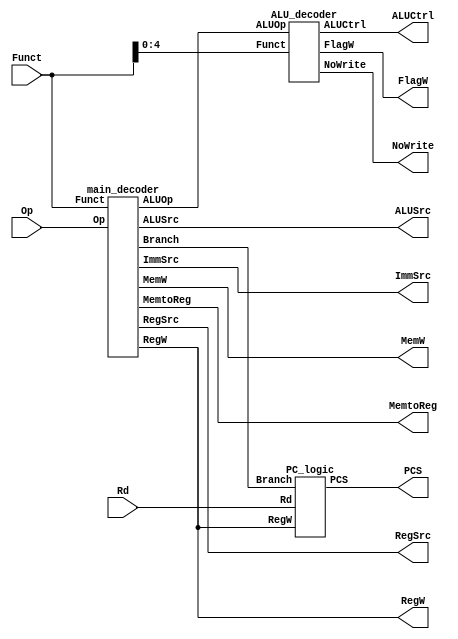
`timescale 1ns/1ps

module decoder(
        output wire PCS, RegW, MemW, NoWrite,
        output wire MemtoReg, ALUSrc,
        output wire [1:0] RegSrc, ImmSrc, ALUCtrl, FlagW,
        input wire [1:0] Op,
        input wire [5:0] Funct,
        input wire [3:0] Rd
);

    wire Branch, ALUOp;
    
    PC_logic pcl (PCS, Rd, Branch, RegW);
    
    main_decoder main_dec (RegW, MemW, MemtoReg, ALUSrc, RegSrc, ImmSrc, Branch, ALUOp, Op, Funct);
    
    ALU_decoder alu_dec (NoWrite, ALUCtrl, FlagW, Funct[4:0], ALUOp);    
    
endmodule


module PC_logic(
    output wire PCS, 
    input wire [3:0] Rd,
    input wire Branch,
    input wire RegW
);
    
    // Implementation of PC Logic in Decoder
    assign PCS = ((Rd == 4'b1111) & RegW) | Branch;
    
endmodule   


module main_decoder(
    // Declare outputs as reg for a procedural assignment
    output reg RegW, MemW, MemtoReg, ALUSrc, 
    output reg [1:0] RegSrc, ImmSrc,  
    output reg Branch, ALUOp, 
    input wire [1:0] Op,
    input wire [5:0] Funct
);
    
    parameter DP = 2'b00,
              Mem = 2'b01,
              B = 2'b10;    
    
    // Implementation of the Main Decoder
    always @ (Op, Funct)
        begin
            case (Op)
                // Set the control signals: RegW, MemW, MemtoReg, ALUSrc, RegSrc, ImmSrc, Branch, ALUOp
                DP: if (Funct[5] == 1'b0) 
                        begin  // DP Reg 
                            Branch = 1'b0; MemtoReg = 1'b0; MemW = 1'b0; ALUSrc = 1'b0; RegW = 1'b1; RegSrc = 2'b00; ALUOp = 1'b1;
                        end
                    else 
                        begin  // DP Imm
                            Branch = 1'b0; MemtoReg = 1'b0; MemW = 1'b0; ALUSrc = 1'b1; ImmSrc = 2'b00; RegW = 1'b1; RegSrc = 2'bX0; ALUOp = 1'b1;
                        end 
                Mem: if (Funct[0] == 1'b0) 
                         begin  // STR 
                             Branch = 1'b0; MemW = 1'b1; ALUSrc = 1'b1; ImmSrc = 2'b01; RegW = 1'b0; RegSrc = 2'b10; ALUOp = 1'b0;
                         end
                     else
                        begin  // LDR 
                             Branch = 1'b0; MemtoReg = 1'b1; MemW = 1'b0; ALUSrc = 1'b1; ImmSrc = 2'b01; RegW = 1'b1; RegSrc = 2'bX0; ALUOp = 1'b0;
                        end
                B : begin 
                        Branch = 1'b1; MemtoReg = 1'b0; MemW = 1'b0; ALUSrc = 1'b1; ImmSrc = 2'b10; RegW = 1'b0; RegSrc = 2'bX1; ALUOp = 1'b0;
                    end
            endcase  
        end
    
endmodule


module ALU_decoder(
    // Declare outputs as reg for a procedural assignment
    output reg NoWrite,
    output reg [1:0] ALUCtrl, FlagW,
    input wire [4:0] Funct, 
    input wire ALUOp);
    
    parameter Add = 4'b0100,
              Sub = 4'b0010,
              And = 4'b0000,
              Or = 4'b1100,
              Cmp = 4'b1010;
    
    // Implementation of the ALU Decoder
    always @ (ALUOp, Funct[4:0])
        begin
            if (!ALUOp)  // No DP Instr. 
                begin ALUCtrl = 2'b00; FlagW = 2'b00; end
            else  // DP Instr.
                begin
                    case (Funct[4:1])
                        Add : if (Funct[0] == 1'b0) begin ALUCtrl = 2'b00; FlagW = 2'b00; NoWrite = 1'b0; end 
                              else begin ALUCtrl = 2'b00; FlagW = 2'b11; NoWrite = 1'b0; end  
                        Sub : if (Funct[0] == 1'b0) begin ALUCtrl = 2'b01; FlagW = 2'b00; NoWrite = 1'b0; end 
                              else begin ALUCtrl = 2'b01; FlagW = 2'b11; NoWrite = 1'b0; end
                        And : if (Funct[0] == 1'b0) begin ALUCtrl = 2'b10; FlagW = 2'b00; NoWrite = 1'b0; end 
                              else begin ALUCtrl = 2'b10; FlagW = 2'b10; NoWrite = 1'b0; end
                        Or : if (Funct[0] == 1'b0) begin ALUCtrl = 2'b11; FlagW = 2'b00; NoWrite = 1'b0; end 
                             else begin ALUCtrl = 2'b11; FlagW = 2'b10; NoWrite = 1'b0; end
                        Cmp : begin ALUCtrl = 2'b01; FlagW = 2'b11; NoWrite = 1'b1; end
                    endcase
                end
        end
    
endmodule